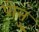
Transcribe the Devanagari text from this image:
पोत्तु